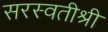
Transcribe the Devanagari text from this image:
सरस्वतीश्री